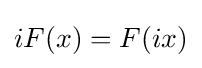
iF(x)=F(ix)